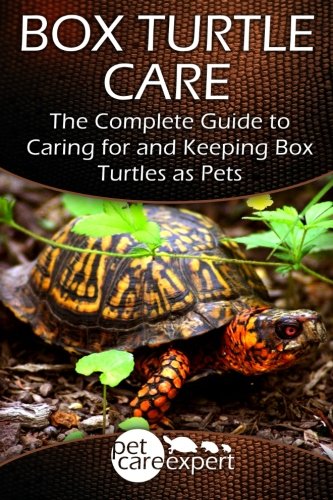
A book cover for Box Turtle Care: The Complete Guide to Caring for and Keeping Box Turtles as Pets (Pet Care Expert) (Volume 1); Pet Care Expert; Crafts, Hobbies & Home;